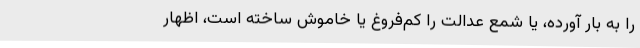
را به بار آورده، یا شمع عدالت را کم‌فروغ یا خاموش ساخته است، اظهار